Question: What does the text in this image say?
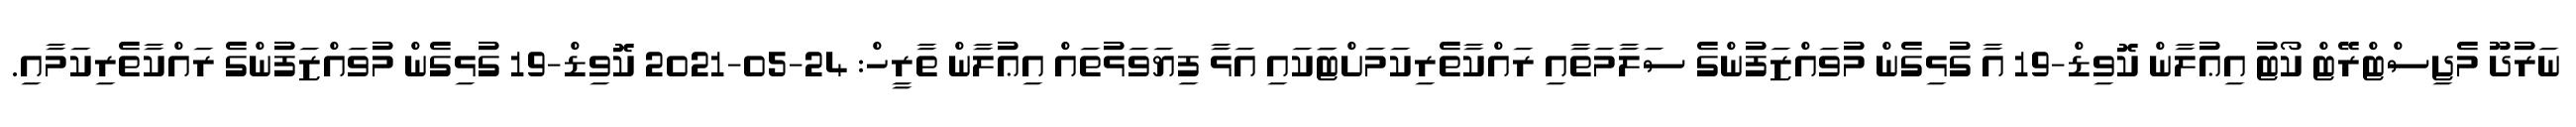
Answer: ނަރުދޫ މެޖިސްޓްރޭޓް ކޯޓު އިޢުލާން ކޮވިޑް-19 އާ ގުޅިގެން މުވައްޒަފުންގެ ސަލާމަތާއި ރައްކާތެރިކަމަށްޓަަކައި އަޅާ ފިޔަވަޅުތައް އިޢުލާން ތާރީހް: 24-05-2021 ކޮވިޑް-19 ގުޅިގެން މުވައްޒަފުންގެ ރައްކާތެރިކަމާއި.